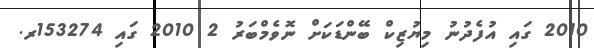
2010 ގައި އުފެދުނު މިޔުޒިކް ބޭންޑަކަށް ނޮވެމްބަރު 2 2010 ގައި 153274ރ.